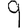
Digit: 9